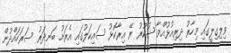
ވިލިގިލީގައި މިހާރު ދިރިއުޅުއްވާ ޝުކޫރު ރޭ އިރާކޮޅު ސައިކަލުގައި އެރަށު ބަނދަރު ސަރަހައްދުން